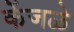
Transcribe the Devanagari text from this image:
केंजळे